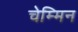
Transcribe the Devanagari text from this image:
चेम्मिन